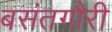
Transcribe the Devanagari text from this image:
बसंतगौरी